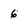
Character: 6